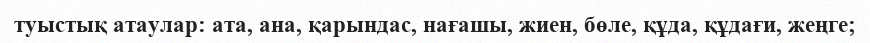
туыстық атаулар: ата, ана, қарындас, нағашы, жиен, бөле, құда, құдағи, жеңге;